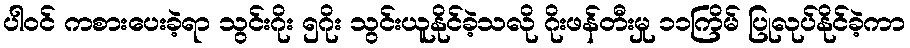
ပါဝင် ကစားပေးခဲ့ရာ သွင်းဂိုး ၅ဂိုး သွင်းယူနိုင်ခဲ့သလို ဂိုးဖန်တီးမှု ၁၁ကြိမ် ပြုလုပ်နိုင်ခဲ့ကာ